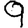
Digit: 9